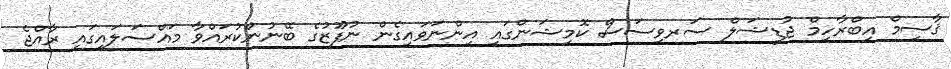
ޤާސިމް އިބްރާހިމް ޖުޑީޝަލް ސަރވިސަސް ކޮމިޝަންގައި އިންނަވައިގެން ނުފޫޒުގެ ބޭނުންކުރައްވާ މައްސަލައިގައި ރާއްޖެ